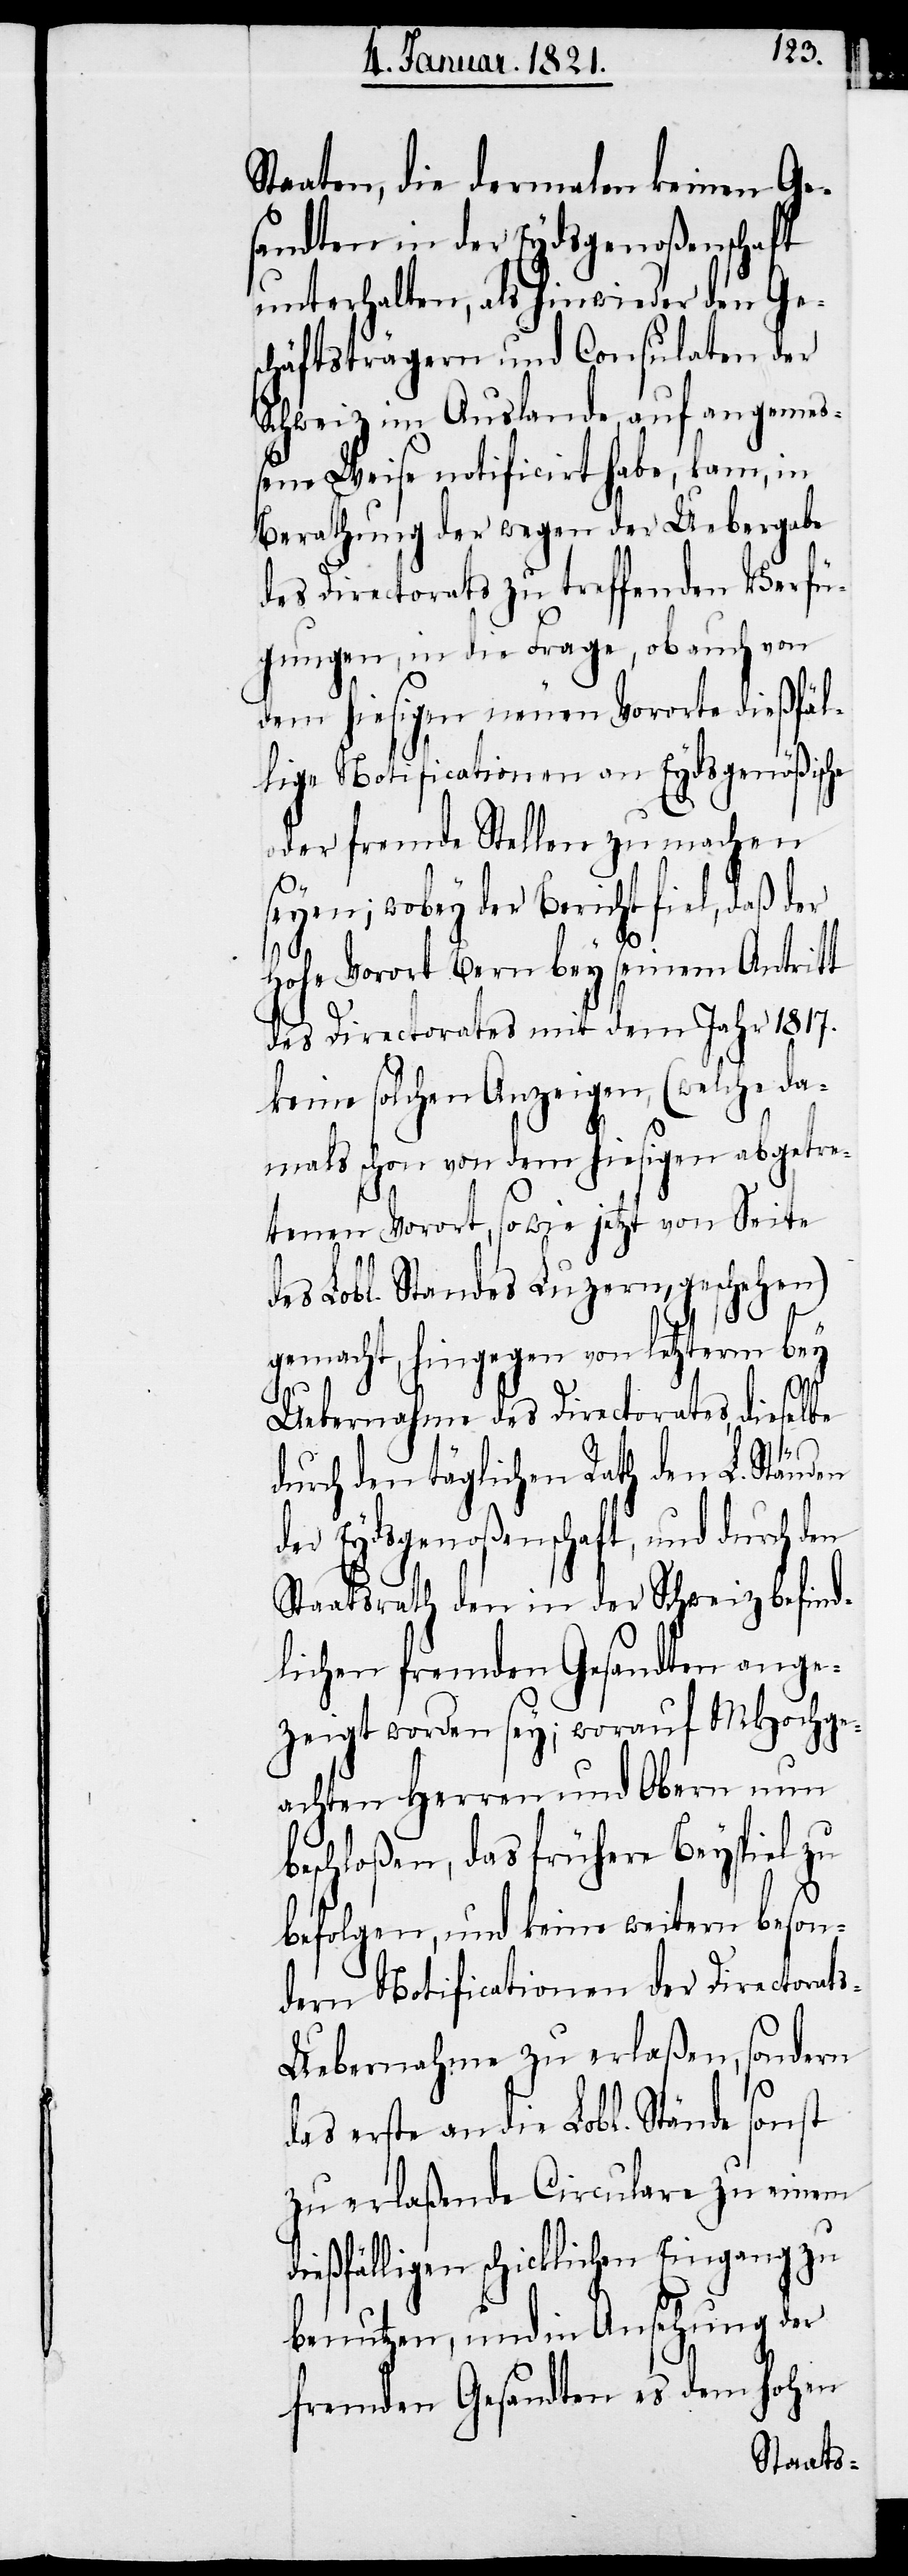
Staaten, die dermalen keinen Ge¬
sandten in der Eydsgenoßenschaft
unterhalten, als hinwieder den Ge¬
schäftsträgern und Consulaten der
Schweiz im Auslande, auf angemeß¬
ene Weise notificirt habe, kam, in
Berathung der wegen der Uebergabe
des Directorats zu treffenden Verfü¬
gungen, in die Frage, ob auch von
dem hiesigen neuen Vororte dießfäl¬
lige Notificationen an Eydsgenößische
oder fremde Stellen zu machen
seyen; wobey der Bericht fiel, daß der
hohe Vorort Bern bey seinem Antritt
des Directorates mit dem Jahr 1817.
keine solchen Anzeigen, (welche da¬
mals schon von dem hiesigen abgetre¬
tenen Vorort, sowie jetzt von Seite
des Lobl. Standes Luzern, geschehen)
gemacht, hingegen von letzterm bey
Uebernahme des Directorates, dieselbe
durch den täglichen Rath den L. Ständen
der Eydsgenoßenschaft, und durch den
Staatsrath den in der Schweiz befind¬
lichen fremden Gesandten ange¬
zeigt worden sey; worauf MHochge¬
achten Herren und Obern nun
beschloßen, das frühere Beyspiel zu
befolgen, und keine weitern beson¬
dern Notificationen der Directorat¬
s-Uebernahme zu erlaßen, sondern
das erste an die Lobl. Stände sonst
zu erlaßende Circulare zu einem
dießfälligen schicklichen Eingang zu
benutzen, und in Ansehung der
fremden Gesandten es dem hohen